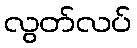
လွတ်လပ်